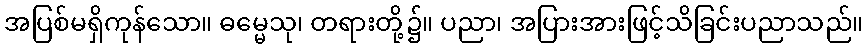
အပြစ်မရှိကုန်သော။ ဓမ္မေသု၊ တရားတို့၌။ ပညာ၊ အပြားအားဖြင့်သိခြင်းပညာသည်။